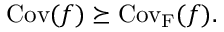
\mathrm { C o v } ( f ) \succeq \mathrm { C o v _ { F } } ( f ) .